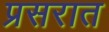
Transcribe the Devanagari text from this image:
प्रसरात